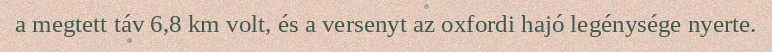
a megtett táv 6,8 km volt, és a versenyt az oxfordi hajó legénysége nyerte.